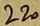
Text: 220